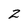
Character: 2